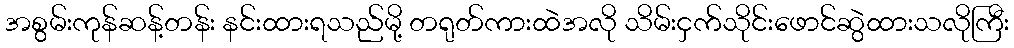
အစွမ်းကုန်ဆန့်တန်း နင်းထားရသည်မို့ တရုတ်ကားထဲအလို သိမ်းငှက်သိုင်းဖောင်ဆွဲထားသလိုကြီး